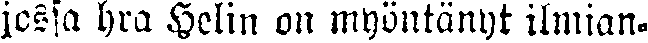
jossa hra Helin on myöntänyt ilmian-